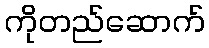
ကိုတည်ဆောက်